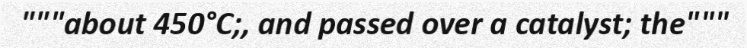
"""about 450°C;, and passed over a catalyst; the"""